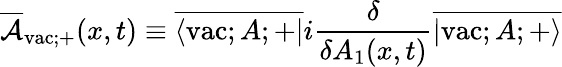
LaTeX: \overline{{{\cal A}}}_{\mathrm{vac};+}(x,t)\equiv\overline{{{\langle\mathrm{vac};A;+|}}}i\frac{\delta}{\delta A_{1}(x,t)}\overline{{{|\mathrm{vac};A;+\rangle}}}